Annual report of the Punjab Veterinary College and of the Civil Veterinary Department, Punjab - 1920-1925
Year: 1920
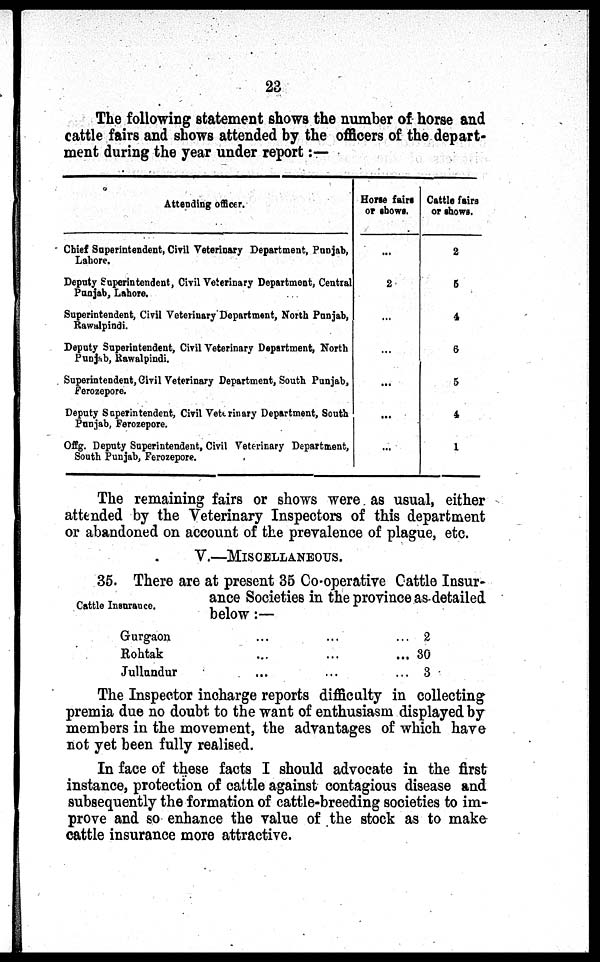
23
The following statement shows the number of horse and
cattle fairs and shows attended by the officers of the depart-
ment during the year under report:—
Attending officer.
Chief Superintendent, Civil Veterinary Department, Punjab,
Lahore.
Deputy Superintendent, Civil Veterinary Department, Central
Punjab, Lahore.
Superintendent, Civil Veterinary Department, North Punjab,
Rawalpindi.
Deputy Superintendent, Civil Veterinary Department, North
Punjab, Rawalpindi.
Superintendent, Civil Veterinary Department, South Punjab,
Ferozepore.
Deputy Superintendent, Civil Veterinary Department, South
Punjab, Ferozepore.
Offg. Deputy Superintendent, Civil Veterinary Department,
South Punjab, Ferozepore.
Horse fairs
or shows.
...
2
...
...
...
...
...
Cattle fain
or shows.
2
5
4
6
5
4
1
The remaining fairs or shows were as usual, either
attended by the Veterinary Inspectors of this department
or abandoned on account of the prevalence of plague, etc.
V.—MISCELLANEOUS.
Cattle Insurance.
35. There are at present 35 Co-operative Cattle Insur-
ance Societies in the province as detailed
below:—
Gurgaon
Rohtak
Jullundur
...
...
...
...
...
...
...
...
...
2
30
3
The Inspector incharge reports difficulty in collecting
premia due no doubt to the want of enthusiasm displayed by
members in the movement, the advantages of which have
not yet been fully realised.
In face of these facts I should advocate in the first
instance, protection of cattle against contagious disease and
subsequently the formation of cattle-breeding societies to im-
prove and so enhance the value of the stock as to make
cattle insurance more attractive.